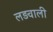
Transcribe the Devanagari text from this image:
लड़वाली